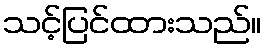
သင့်ပြင်ထားသည်။